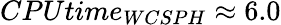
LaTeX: CPUtime_{WCSPH}\approx 6.0